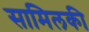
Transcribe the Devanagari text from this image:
सामिलकी